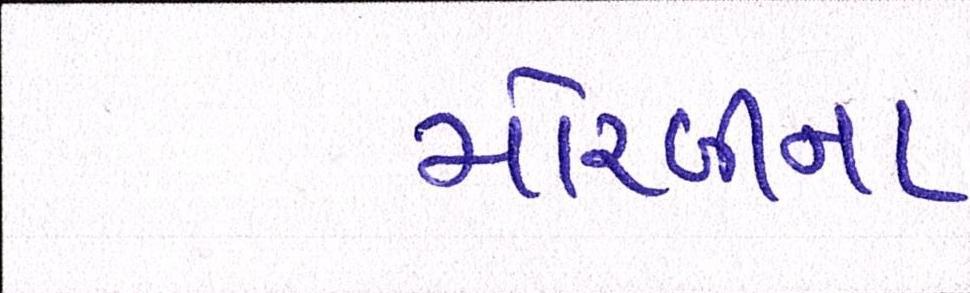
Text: મોરબીના